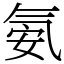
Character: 氨